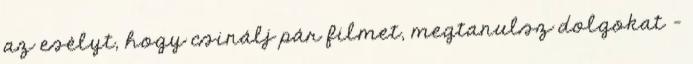
az esélyt, hogy csinálj pár filmet, megtanulsz dolgokat –